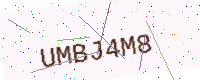
Text: UMBJ4M8